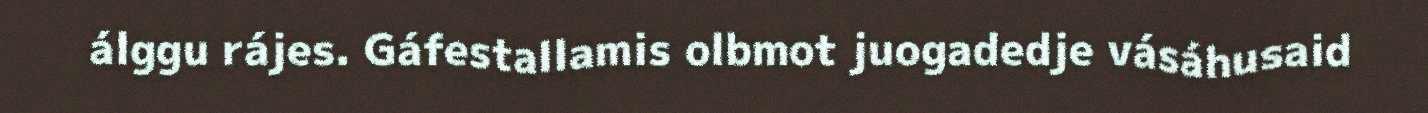
álggu rájes. Gáfestallamis olbmot juogadedje vásáhusaid